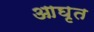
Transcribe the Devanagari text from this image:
आघृत